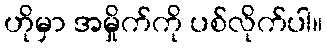
ဟိုမှာ အမှိုက်ကို ပစ်လိုက်ပါ။